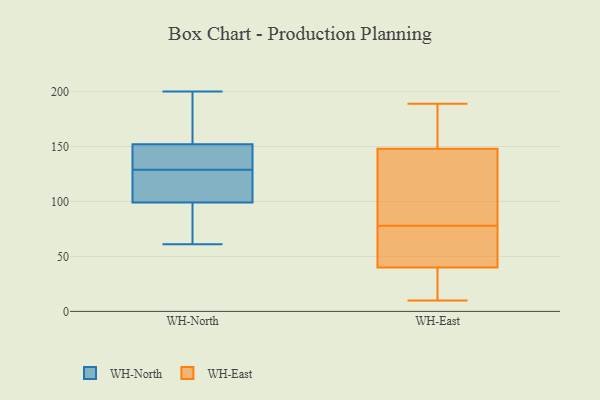
{"axis": {"x": "Customer Acquisition Cost (USD)", "y": "Value"}, "legend": ["WH-East", "WH-North"], "data": [{"x": "", "y": 85, "type": "WH-North"}, {"x": "", "y": 119, "type": "WH-North"}, {"x": "", "y": 138, "type": "WH-North"}, {"x": "", "y": 142, "type": "WH-North"}, {"x": "", "y": 99, "type": "WH-North"}, {"x": "", "y": 63, "type": "WH-North"}, {"x": "", "y": 141, "type": "WH-North"}, {"x": "", "y": 173, "type": "WH-North"}, {"x": "", "y": 168, "type": "WH-North"}, {"x": "", "y": 107, "type": "WH-North"}, {"x": "", "y": 200, "type": "WH-North"}, {"x": "", "y": 120, "type": "WH-North"}, {"x": "", "y": 61, "type": "WH-North"}, {"x": "", "y": 152, "type": "WH-North"}, {"x": "", "y": 146, "type": "WH-East"}, {"x": "", "y": 189, "type": "WH-East"}, {"x": "", "y": 171, "type": "WH-East"}, {"x": "", "y": 150, "type": "WH-East"}, {"x": "", "y": 40, "type": "WH-East"}, {"x": "", "y": 174, "type": "WH-East"}, {"x": "", "y": 10, "type": "WH-East"}, {"x": "", "y": 40, "type": "WH-East"}, {"x": "", "y": 61, "type": "WH-East"}, {"x": "", "y": 93, "type": "WH-East"}, {"x": "", "y": 37, "type": "WH-East"}, {"x": "", "y": 33, "type": "WH-East"}, {"x": "", "y": 141, "type": "WH-East"}, {"x": "", "y": 66, "type": "WH-East"}, {"x": "", "y": 90, "type": "WH-East"}, {"x": "", "y": 52, "type": "WH-East"}]}